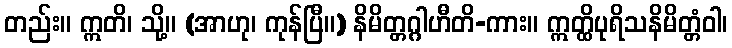
တည်း။ ဣတိ၊ သို့။ (အာဟု၊ ကုန်ပြီ။) နိမိတ္တဂ္ဂါဟီတိ-ကား။ ဣတ္ထိပုရိသနိမိတ္တံဝါ၊